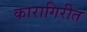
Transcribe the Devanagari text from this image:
कारागिरीत